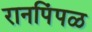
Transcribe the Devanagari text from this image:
रानपिंपळ